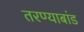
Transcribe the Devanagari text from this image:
तरण्याबांड